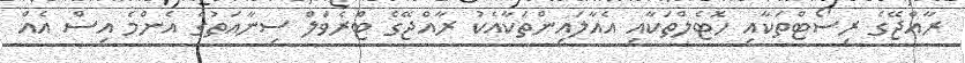
ރާއްޖޭގެ ރިސޯޓްތަކާއި ހޮޓެލްތަކާއި އެއާލައިންތަކާއެކު ރާއްޖޭގެ ޓްރެވަލް ސިނާއަތުގެ އެންމެ އިސް އެއް